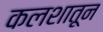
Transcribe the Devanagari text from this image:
कलशातून